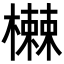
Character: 𬄸